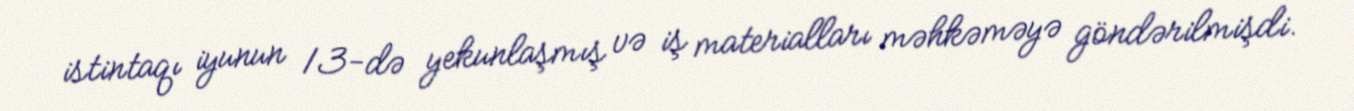
istintaqı iyunun 13-də yekunlaşmış və iş materialları məhkəməyə göndərilmişdi.